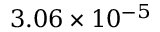
3 . 0 6 \times 1 0 ^ { - 5 }